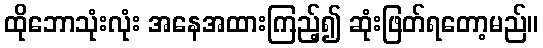
ထိုဘောသုံးလုံး အနေအထားကြည့်၍ ဆုံးဖြတ်ရတော့မည်။